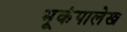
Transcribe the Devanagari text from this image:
भूकंपालेख